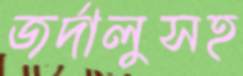
জর্দালুসহ